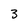
Character: 3